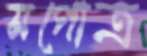
সগোত্র